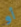
أو